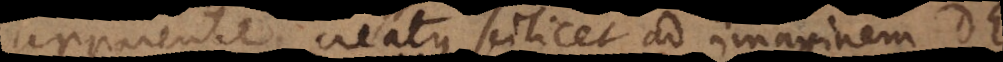
apparente, creatus scilicet ad imaginem Dei,